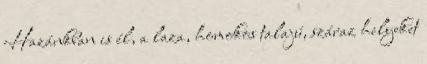
Hazánkban is él, a laza, homokos talajú, száraz helyeket